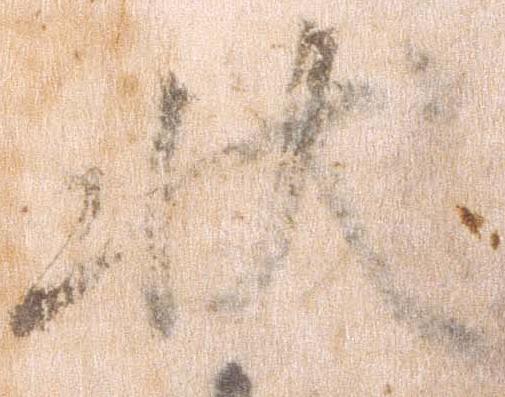
状